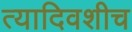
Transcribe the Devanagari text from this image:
त्यादिवशीच